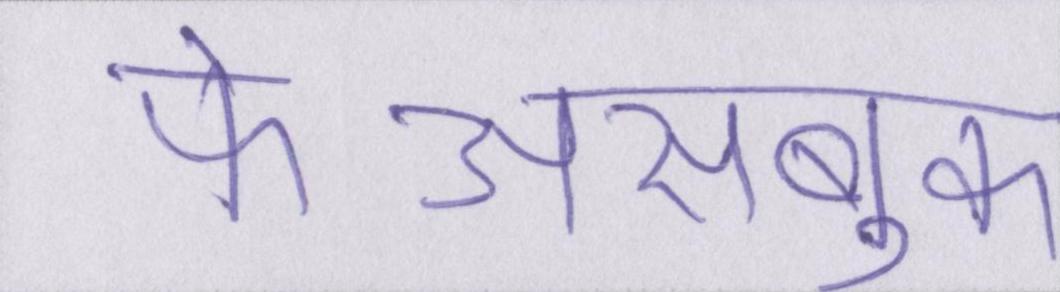
फेअसबुक